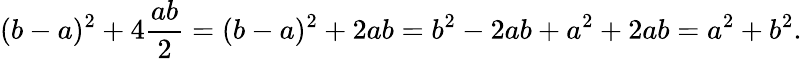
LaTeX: (b-a)^{2}+4{\frac{ab}{2}}=(b-a)^{2}+2ab=b^{2}-2ab+a^{2}+2ab=a^{2}+b^{2}.